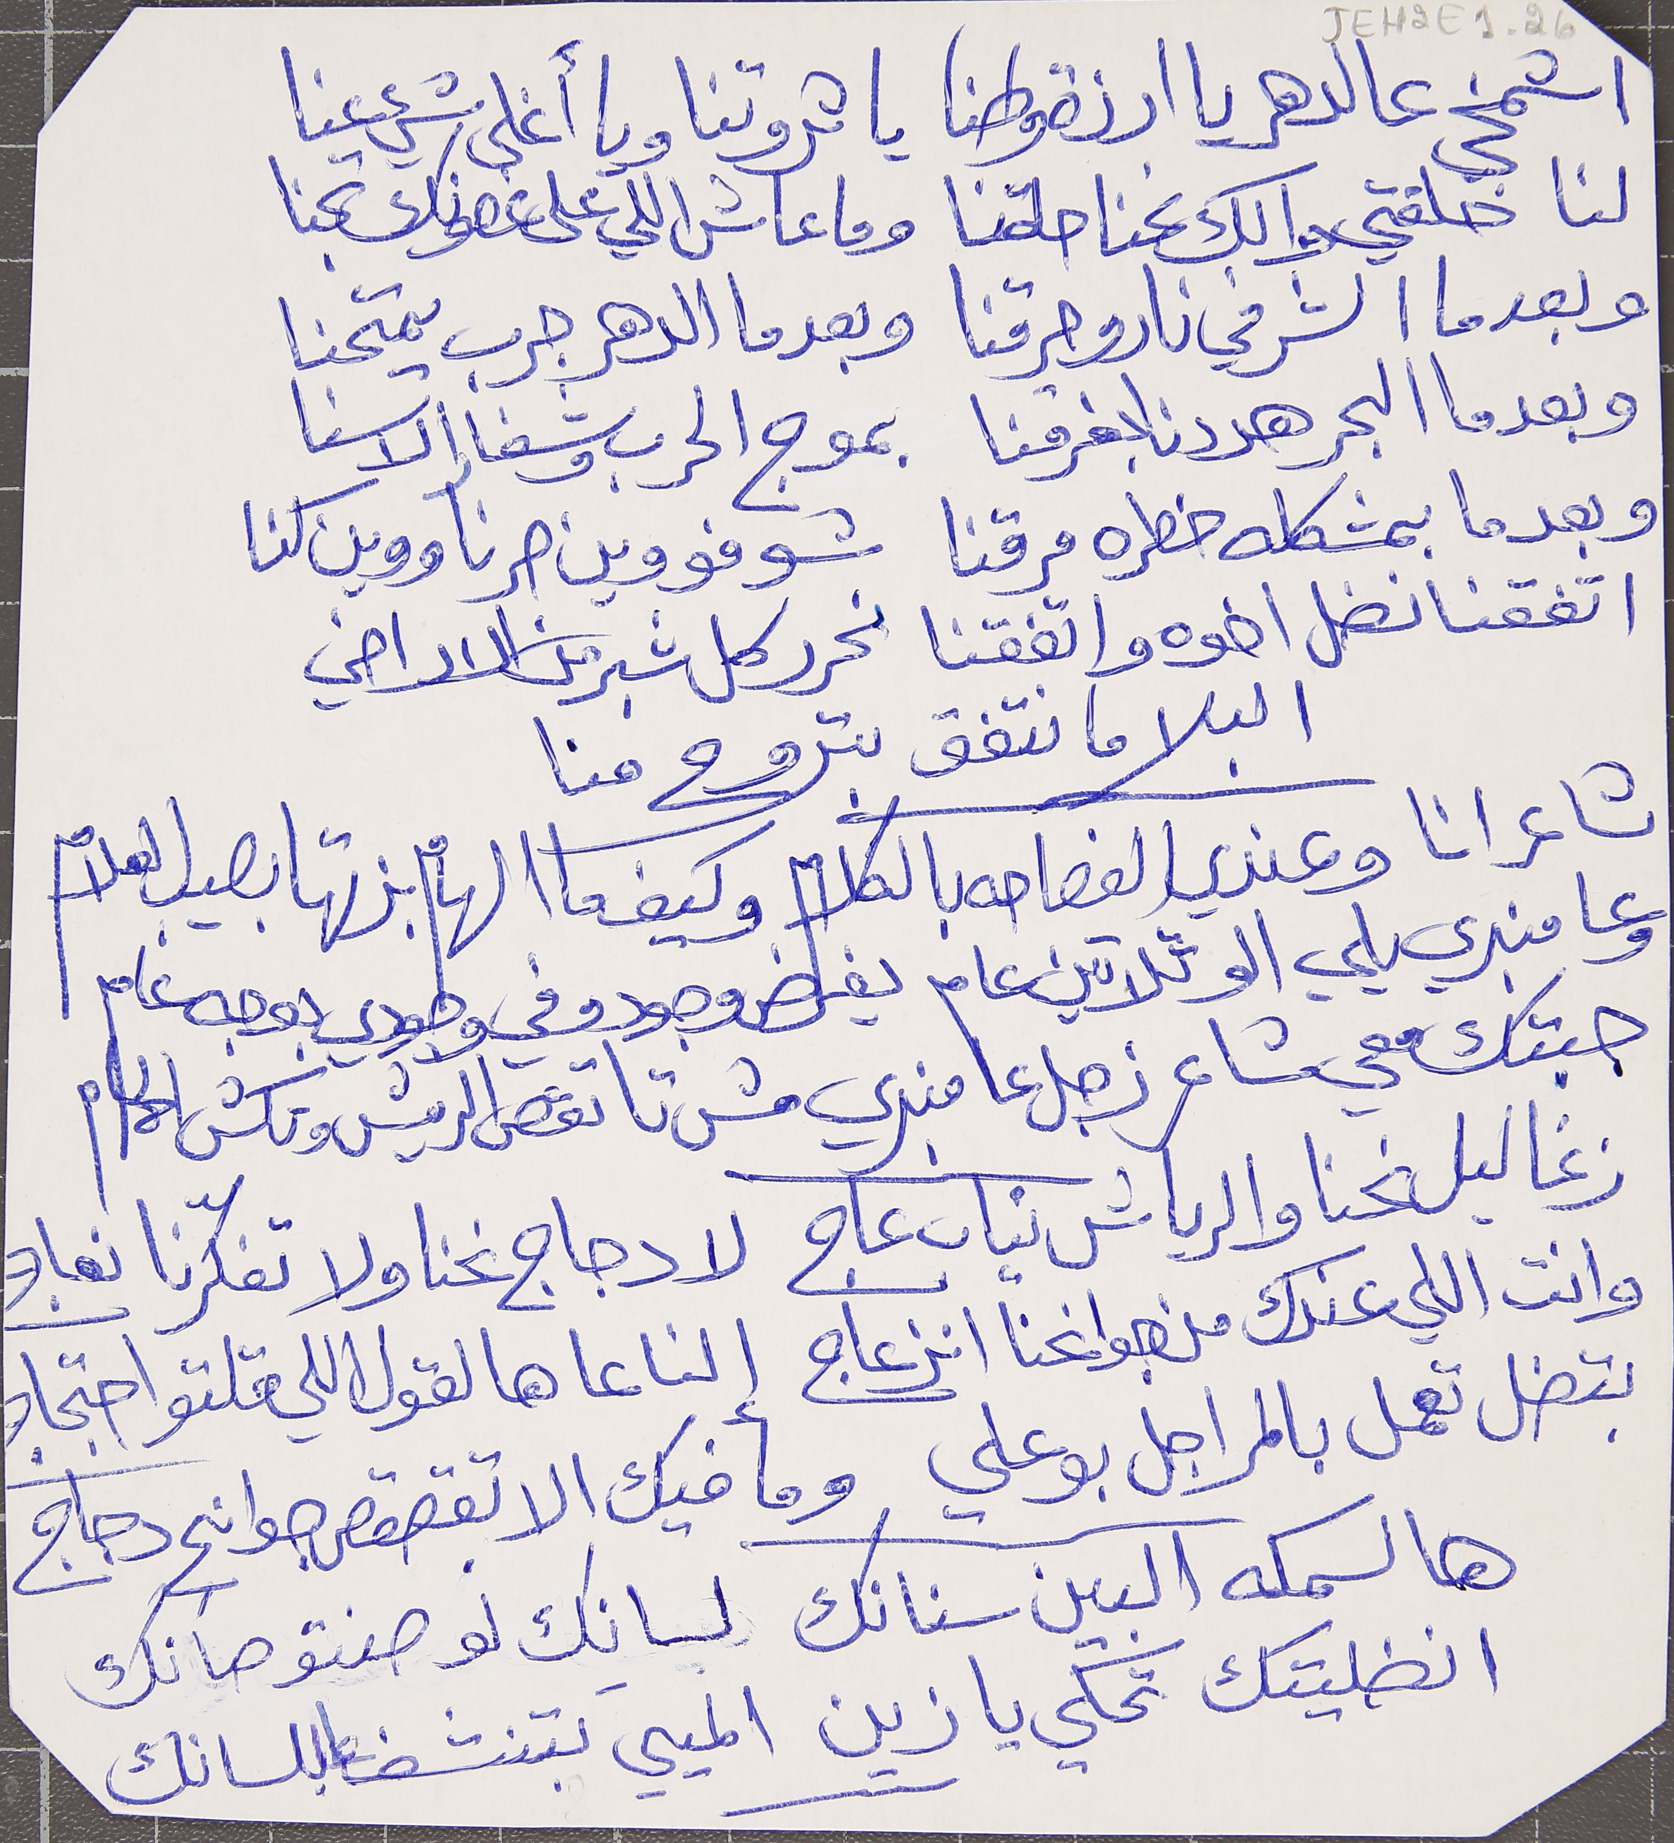
اشمخي عالدهر يا ارزة وطنا      يا ثروتنا ويا أغلى شيء عنا
لنا خلقتي والك نحنا حلقنا      وما عاش اللي على غصونك تجنا
وبعدما الشر في نارو حرقنا      وبعدما الدهر جرب يمتحنا
وبعدما البحر هددنا بغرقنا      بموج الحرب وشفار الاسنا
وبعدما بمشكله خطره مرقنا      شوفو وين صرنا ووين كنا
اتفقنا نضل اخوه واتفقنا      نحرر كل شبر من الاراضي
البلا ما نتفق بتروح منا
شاعر انا وعندي الفصاحه بالكلام وكيف ما الهام بزتها بصيب العلام
 وعا منبري يلي الو تلاتين عام يفرض وجودو في وجودي بوجه عام
جبتك معي شاعر زجل عا منبري مش تا تقص الريش وتكش الحمام
زغاليل نحنا والرياش نياب عاج   لا دجاج نحنا ولا تفكرّنا نعاج
وانت اللي عندك من جوانحنا انزعاج   إلنا عا هالقول اللي قلتو احتجاج
بتضل تعمل بالمراجل بو علي   وما فيك الا تقصقص جوانِح دجاج
 هالسمكه البين سنانك  لسانِك لو صنتو صانك
انضليتك تحكي يا زين   الميي بتنشف عا للسانك
JEH2E1-26